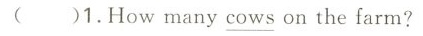
( )1.How many \underline{cown} on the farm?